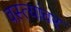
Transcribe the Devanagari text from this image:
वस्त्यांवर